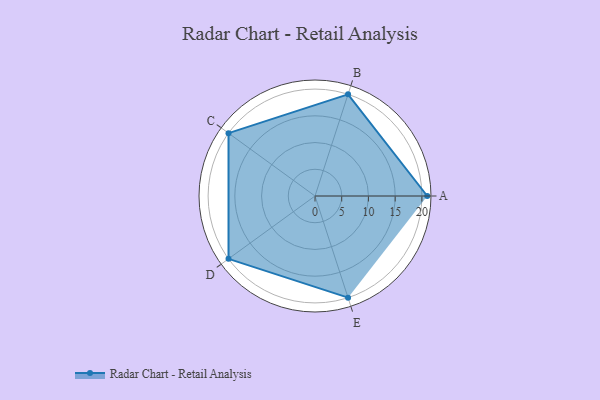
{"axis": {"x": "Skill", "y": "Score"}, "legend": ["Profile"], "data": [{"x": "A", "y": 21.0, "type": "Profile"}, {"x": "B", "y": 20, "type": "Profile"}, {"x": "C", "y": 20, "type": "Profile"}, {"x": "D", "y": 20, "type": "Profile"}, {"x": "E", "y": 20, "type": "Profile"}]}